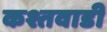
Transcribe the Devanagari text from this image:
कश्तवाडी